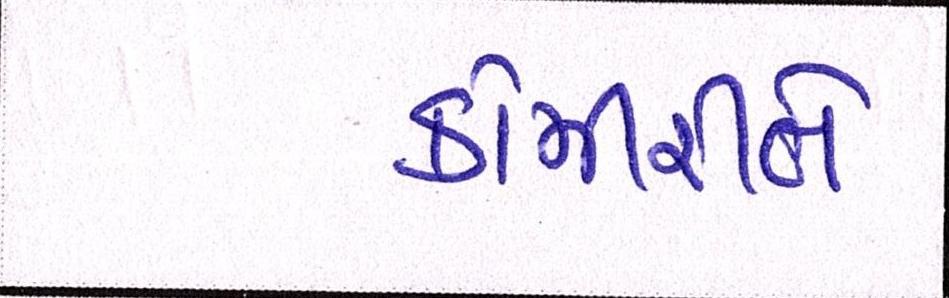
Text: કોમીરીતે